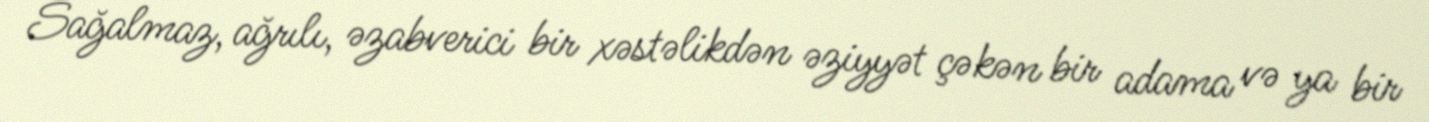
Sağalmaz, ağrılı, əzabverici bir xəstəlikdən əziyyət çəkən bir adama və ya bir